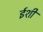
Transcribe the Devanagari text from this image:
ईशी